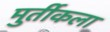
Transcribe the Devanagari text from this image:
मुर्तीकला